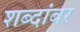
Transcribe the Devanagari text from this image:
शब्दांबर